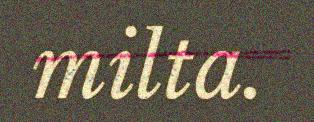
milta.